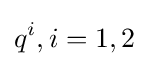
q^{i},i=1,2